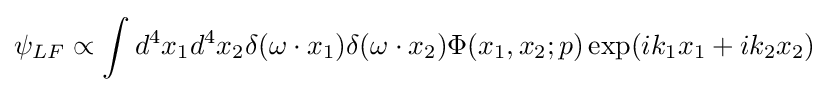
\psi _{LF}\propto \int d^{4}x_{1}d^{4}x_{2}\delta (\omega \cdot x_{1})\delta (\omega \cdot x_{2})\Phi (x_{1},x_{2};p)\exp(ik_{1}x_{1}+ik_{2}x_{2})